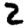
Digit: 2